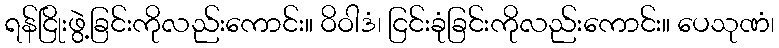
ရန်ငြိုးဖွဲ့ခြင်းကိုလည်းကောင်း။ ဝိဝါဒံ၊ ငြင်းခုံခြင်းကိုလည်းကောင်း။ ပေသုဏံ၊